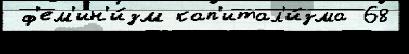
 ф'ем'ин'и́зм кап'итал'и́зма 68